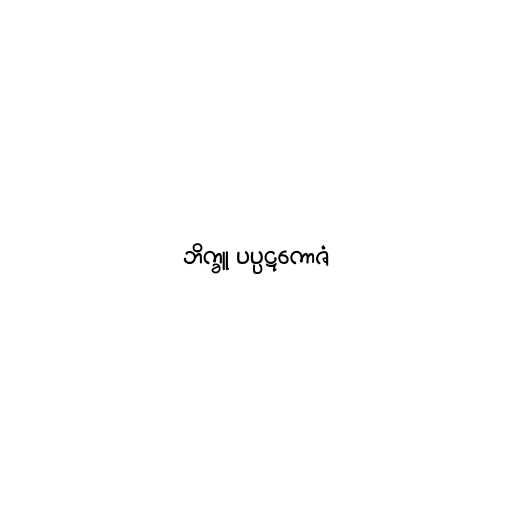
ဘိက္ခူ ပပ္ပဋကောဇံ